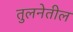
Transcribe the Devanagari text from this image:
तुलनेतील